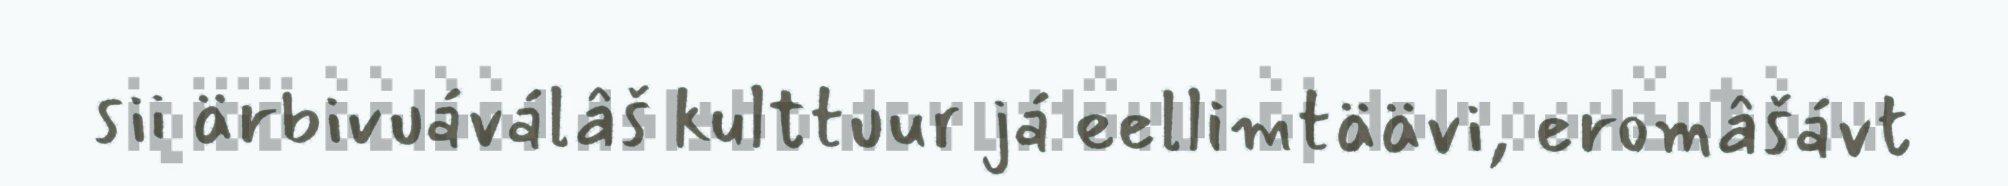
sii ärbivuáválâš kulttuur já eellimtäävi, eromâšávt